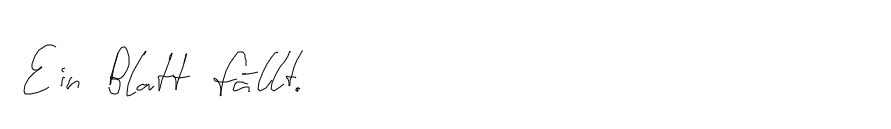
Ein Blatt fällt.